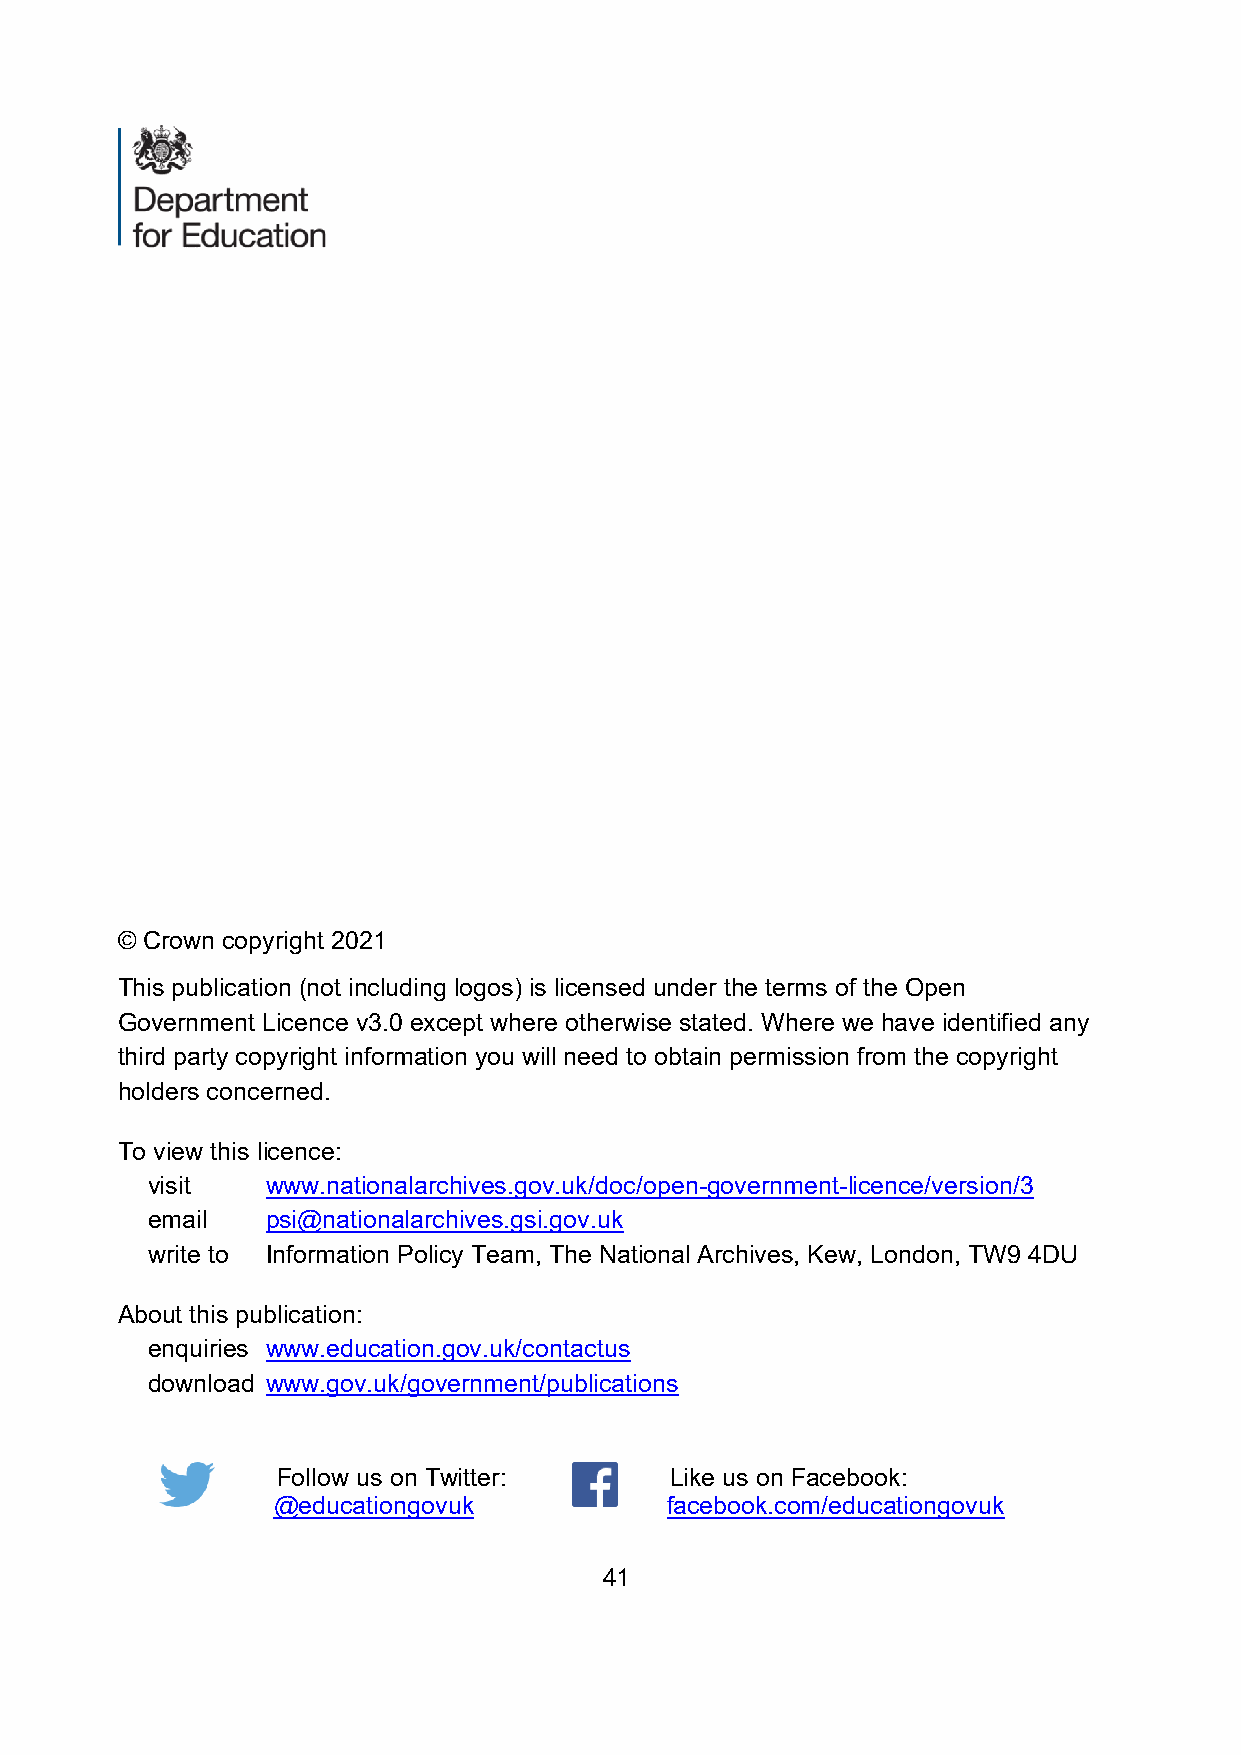
© Crown copyright 2021
 This publication (not including logos) is licensed under the terms of the Open
 Government Licence v3.0 except where otherwise stated. Where we have identified any
 third party copyright information you will need to obtain permission from the copyright
 holders concerned.
 To view this licence:
 visit   www.nationalarchives.gov.uk/doc/open-government-licence/version/3
 email   psi@nationalarchives.gsi.gov.uk
 write to Information Policy Team, The National Archives, Kew, London, TW9 4DU
 About this publication:
 enquiries www.education.gov.uk/contactus
 download www.gov.uk/government/publications
 Follow us on Twitter:     Like us on Facebook:
 @educationgovuk           facebook.com/educationgovuk
 41